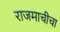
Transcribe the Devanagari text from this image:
राजमाचीचा